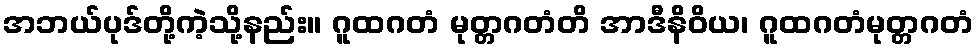
အဘယ်ပုဒ်တို့ကဲ့သို့နည်း။ ဂူထဂတံ မုတ္တဂတံတိ အာဒီနိဝိယ၊ ဂူထဂတံမုတ္တဂတံ